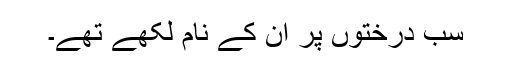
سب درختوں پر ان کے نام لکھے تھے۔